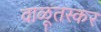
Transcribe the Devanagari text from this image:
वाळूतस्कर